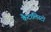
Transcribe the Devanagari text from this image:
कैटालिस्टों